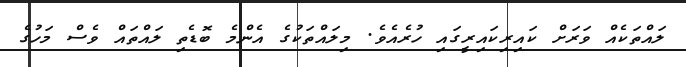
ލައްތަކެއް ވަރަށް ކައިރިކައިރީގައި ހުރެއެވެ. މިލައްތަކުގެ އެންމެ ބޮޑެތި ލައްތައް ވެސް މަހުގެ